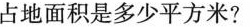
占地面积是多少平方米？